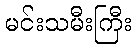
မင်းသမီးကြီး